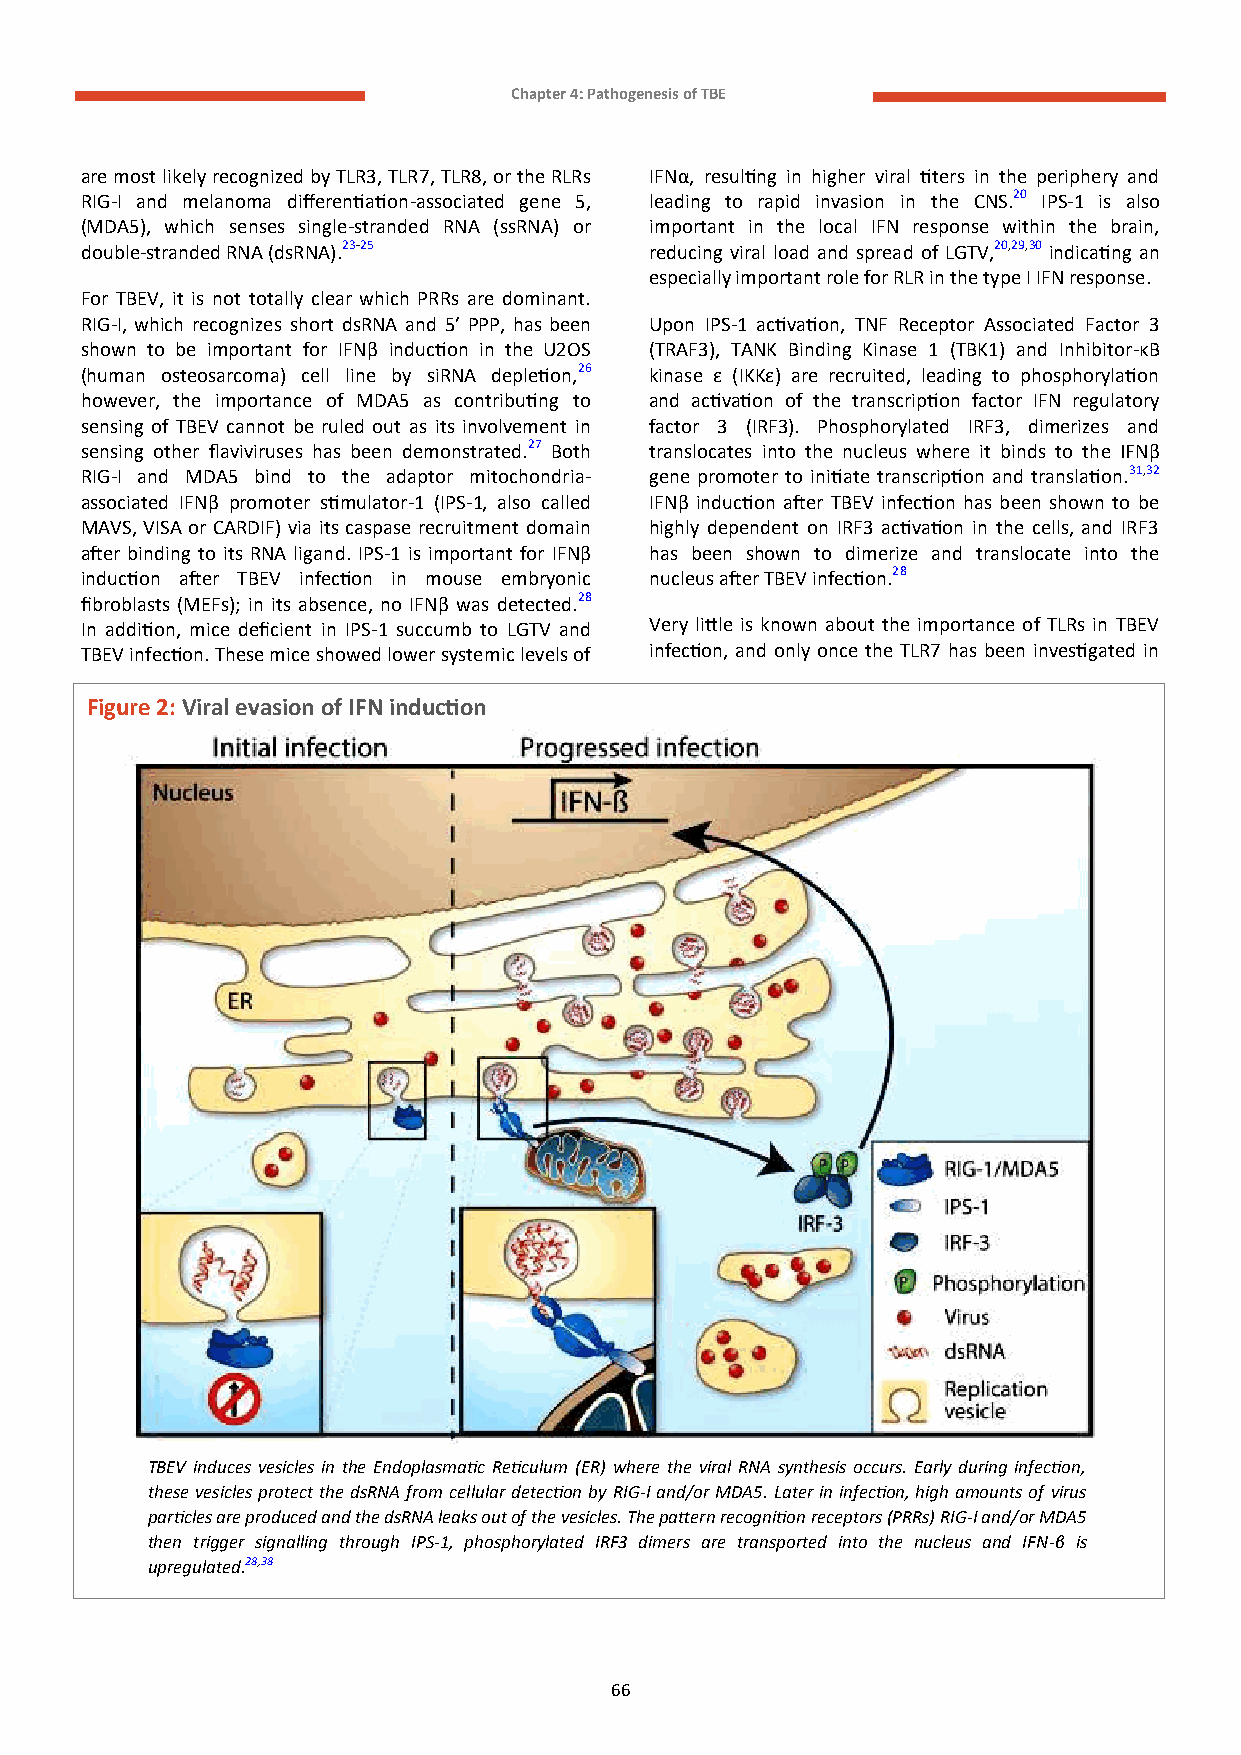
Chapter 4: Pathogenesis of TBE
 are most likely recognized by TLR3, TLR7, TLR8, or the RLRs IFNα, resulting in higher viral titers in the periphery and
 RIG-I and melanoma differentiation-associated gene 5, leading to rapid invasion in the CNS.20 IPS-1 is also
 (MDA5), which senses single-stranded RNA (ssRNA) or important in the local IFN response within the brain,
 double-stranded RNA (dsRNA).23-25     reducing viral load and spread of LGTV,20,29,30 indicating an
 especially important role for RLR in the type I IFN response.
 For TBEV, it is not totally clear which PRRs are dominant.
 RIG-I, which recognizes short dsRNA and 5’ PPP, has been Upon IPS-1 activation, TNF Receptor Associated Factor 3
 shown to be important for IFNβ induction in the U2OS (TRAF3), TANK Binding Kinase 1 (TBK1) and Inhibitor-κB
 (human osteosarcoma) cell line by siRNA depletion,26 kinase ε (IKKε) are recruited, leading to phosphorylation
 however, the importance of MDA5 as contributing to and activation of the transcription factor IFN regulatory
 sensing of TBEV cannot be ruled out as its involvement in factor 3 (IRF3). Phosphorylated IRF3, dimerizes and
 sensing other flaviviruses has been demonstrated.27 Both translocates into the nucleus where it binds to the IFNβ
 RIG-I and MDA5 bind to the adaptor mitochondria- gene promoter to initiate transcription and translation.31,32
 associated IFNβ promoter stimulator-1 (IPS-1, also called IFNβ induction after TBEV infection has been shown to be
 MAVS, VISA or CARDIF) via its caspase recruitment domain highly dependent on IRF3 activation in the cells, and IRF3
 after binding to its RNA ligand. IPS-1 is important for IFNβ has been shown to dimerize and translocate into the
 induction after TBEV infection in mouse embryonic nucleus after TBEV infection.28
 fibroblasts (MEFs); in its absence, no IFNβ was detected.28
 In addition, mice deficient in IPS-1 succumb to LGTV and Very little is known about the importance of TLRs in TBEV
 TBEV infection. These mice showed lower systemic levels of infection, and only once the TLR7 has been investigated in
 Figure 2: Viral evasion of IFN induction
 TBEV induces vesicles in the Endoplasmatic Reticulum (ER) where the viral RNA synthesis occurs. Early during infection,
 these vesicles protect the dsRNA from cellular detection by RIG-I and/or MDA5. Later in infection, high amounts of virus
 particles are produced and the dsRNA leaks out of the vesicles. The pattern recognition receptors (PRRs) RIG-I and/or MDA5
 then trigger signalling through IPS-1, phosphorylated IRF3 dimers are transported into the nucleus and IFN-β is
 upregulated.28,38
 66